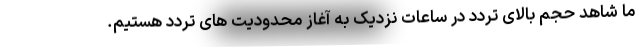
ما شاهد حجم بالای تردد در ساعات نزدیک به آغاز محدودیت های تردد هستیم.